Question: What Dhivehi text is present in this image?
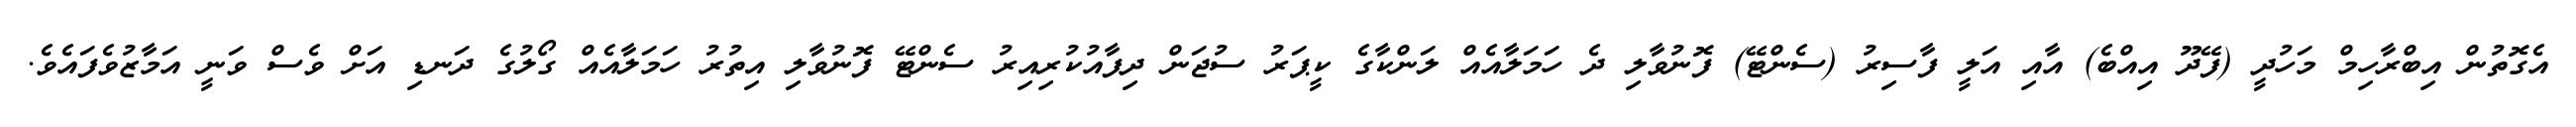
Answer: އެގޮތުން އިބްރާހިމް މަހުދީ (ފޭދޫ އިއްބެ) އާއި އަލީ ފާސިރު (ސެންޓޭ) ފޮނުވާލި ދެ ހަމަލާއެއް ލަންކާގެ ކީޕަރު ސުޖަން ދިފާއުކުރިއިރު ސެންޓޭ ފޮނުވާލި އިތުރު ހަމަލާއެއް ގޯލުގެ ދަނޑި އަށް ވެސް ވަނީ އަމާޒުވެފައެވެ.